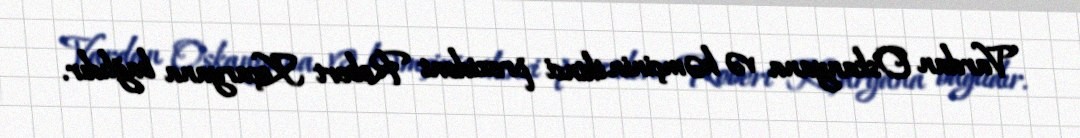
Vardan Oskanyana və həmçinin ikinci prezident Robert Koçaryana bağlıdır.